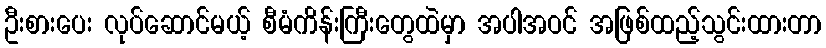
ဦးစားပေး လုပ်ဆောင်မယ့် စီမံကိန်းကြီးတွေထဲမှာ အပါအဝင် အဖြစ်ထည့်သွင်းထားတာ